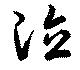
德